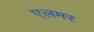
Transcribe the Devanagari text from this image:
एलमर